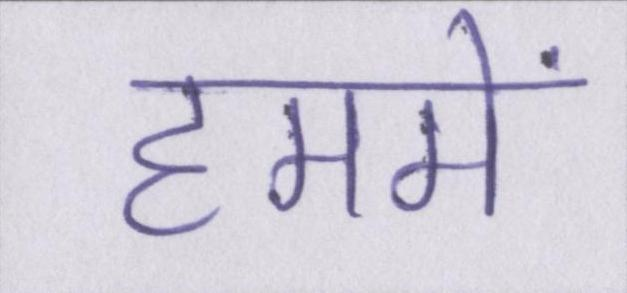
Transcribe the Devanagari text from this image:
हममें